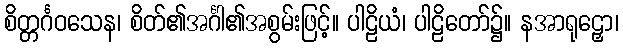
စိတ္တင်္ဂဝသေန၊ စိတ်၏အင်္ဂါ၏အစွမ်းဖြင့်။ ပါဠိယံ၊ ပါဠိတော်၌။ နအာရုဠှော၊